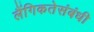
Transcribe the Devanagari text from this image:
लैंगिकतेसंबंधी